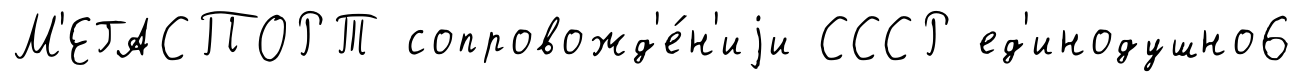
М'ЕГАСПОРТ сопровожд'е́н'иjи СССР ед'инодушно6